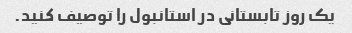
یک روز تابستانی در استانبول را توصیف کنید.